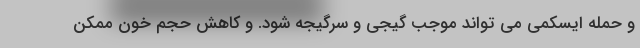
و حمله ایسکمی می تواند موجب گیجی و سرگیجه شود. و کاهش حجم خون ممکن